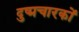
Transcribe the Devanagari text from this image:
दुष्प्रचारकों